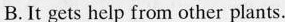
B.It gets help from other plants.